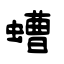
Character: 螬